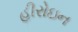
હીરોઇન